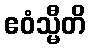
ဧဝံသ္မီတိ